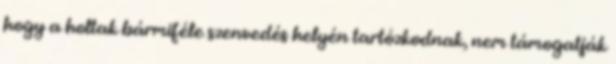
hogy a holtak bármiféle szenvedés helyén tartózkodnak, nem támogatják